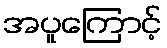
အပူကြောင့်